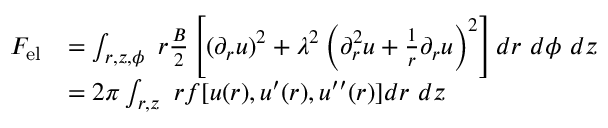
\begin{array} { r l } { { F } _ { \mathrm { { e l } } } } & { = \int _ { r , z , \phi } \ r \frac { B } { 2 } \left[ ( \partial _ { r } u ) ^ { 2 } + \lambda ^ { 2 } \left( \partial _ { r } ^ { 2 } u + \frac { 1 } { r } \partial _ { r } u \right) ^ { 2 } \right] d r \ d \phi \ d z } \\ & { = 2 \pi \int _ { r , z } \ r f [ u ( r ) , u ^ { \prime } ( r ) , u ^ { \prime \prime } ( r ) ] d r \ d z } \end{array}